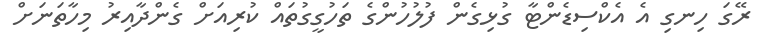
ރޭގަ ހިނގި އެ އެކްސިޑެންޓާ ގުޅިގެން ފުލުހުންގެ ތަހުގީގުތައް ކުރިއަށް ގެންދާއިރު މިހާތަނަށް